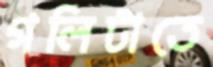
গলিটাতে